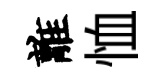
離恤